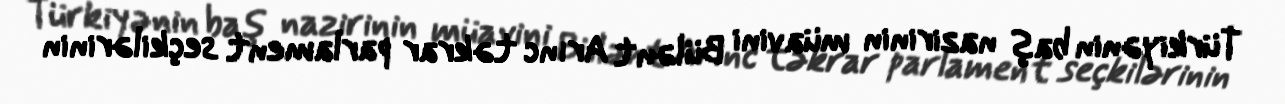
Türkiyənin baş nazirinin müavini Bülənt Arınc təkrar parlament seçkilərinin